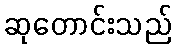
ဆုတောင်းသည်